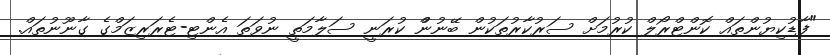
"ފާޑުކިޔުންތައް ކޮންޓްރޯލް ކުރުމަށް ސަރުކާރުތަކުން ބޭނުންް ކުރަނީ ސަލާމަތީ ނުވަތަ އެންޓި-ޓެރަރިޒަމްގެ ގާނޫނުތައް.